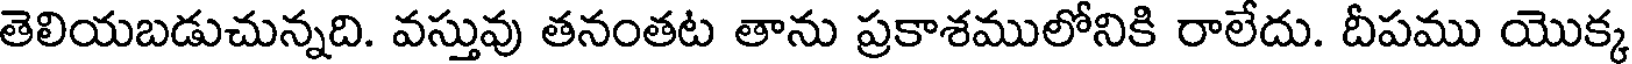
తెలియబడుచున్నది. వస్తువు తనంతట తాను ప్రకాశములోనికి రాలేదు. దీపము యొక్క